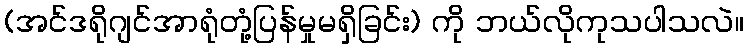
(အင်ဒရိုဂျင်အာရုံတုံ့ပြန်မှုမရှိခြင်း) ကို ဘယ်လိုကုသပါသလဲ။